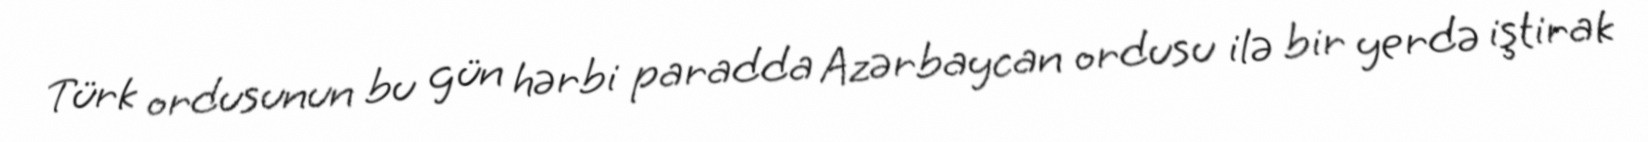
Türk ordusunun bu gün hərbi paradda Azərbaycan ordusu ilə bir yerdə iştirak